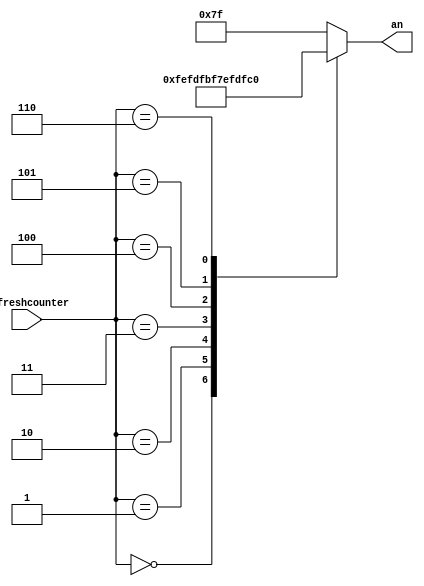
`timescale 1ns / 1ps
//////////////////////////////////////////////////////////////////////////////////
// Company: 
// Engineer: 
// 
// Design Name: 
// Module Name: anode_control
// Project Name: 
// Target Devices: 
// Tool Versions: 
// Description: 
// 
// Dependencies: 
// 
// Revision:
// Revision 0.01 - File Created
// Additional Comments:
// 
//////////////////////////////////////////////////////////////////////////////////


module anode_control(
    input [2:0] refreshcounter, 
    output reg [7:0] an 
    );
    
    always@(refreshcounter) 
        case(refreshcounter) 
            3'b000:
                an = 8'b11111110; //right most digit
            
            3'b001:
                an = 8'b11111101;
                
            3'b010:
                an = 8'b11111011;

            3'b011:
                an = 8'b11110111;

            3'b100: 
                an = 8'b11101111;

            3'b101:
                an = 8'b11011111;

            3'b110:
                an = 8'b10111111;

            default: 
                an = 8'b01111111;//left most digit
        endcase
        
endmodule